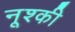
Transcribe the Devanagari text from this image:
नूश्की